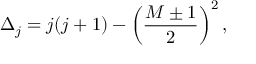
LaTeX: \Delta _ { j } = j ( j + 1 ) - \left( { \frac { M \pm 1 } { 2 } } \right) ^ { 2 } ,